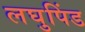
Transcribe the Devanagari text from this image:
लघुपिंड